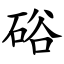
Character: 硲